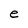
Character: e